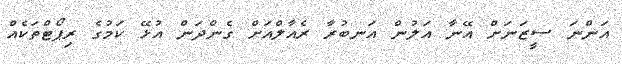
އަންނަ ސީޒަނަށް އޭނާ އަލުން އަނބުރާ ރެއާލްއަށް ގެންދަން އުޅޭ ކަމުގެ ރިޕޯޓްތަކެއް